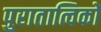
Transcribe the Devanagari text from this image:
पुरातात्विकों